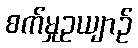
စက်မှုဥယျာဉ်